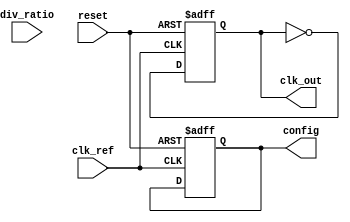
module pll (
    input wire clk_ref,          // Reference clock input
    input wire reset,            // Reset signal
    output reg clk_out,          // Output clock
    input wire [3:0] div_ratio,  // Division ratio for feedback
    output reg [7:0] config      // Configuration register for tuning
);

    // Internal signals
    reg [7:0] phase_error;       // Phase error signal
    reg [7:0] control_voltage;    // Control voltage for VCO
    reg [7:0] vco_freq;          // VCO frequency
    reg [7:0] feedback;          // Feedback signal from VCO
    reg [7:0] loop_filter;       // Loop filter output

    // Phase Detector (PD)
    always @(posedge clk_ref or posedge reset) begin
        if (reset) begin
            phase_error <= 8'b0;
        end else begin
            // Simple phase detection logic (for illustration)
            if (feedback > vco_freq) begin
                phase_error <= phase_error + 1; // VCO is lagging
            end else if (feedback < vco_freq) begin
                phase_error <= phase_error - 1; // VCO is leading
            end
        end
    end

    // Loop Filter (LF)
    always @(posedge clk_ref or posedge reset) begin
        if (reset) begin
            loop_filter <= 8'b0;
        end else begin
            // Simple first-order filter (for illustration)
            loop_filter <= (loop_filter + phase_error) >> 1; // Averaging
            control_voltage <= loop_filter; // Control voltage for VCO
        end
    end

    // Voltage-Controlled Oscillator (VCO)
    always @(posedge clk_ref or posedge reset) begin
        if (reset) begin
            vco_freq <= 8'b0;
            clk_out <= 1'b0;
        end else begin
            // Adjust VCO frequency based on control voltage
            vco_freq <= control_voltage; // Simplified VCO frequency control
            clk_out <= ~clk_out; // Toggle output clock (for illustration)
        end
    end

    // Frequency Divider
    reg [3:0] counter; // Counter for division
    always @(posedge clk_out or posedge reset) begin
        if (reset) begin
            counter <= 4'b0;
            feedback <= 8'b0;
        end else begin
            if (counter == div_ratio) begin
                feedback <= clk_out; // Feedback signal
                counter <= 4'b0; // Reset counter
            end else begin
                counter <= counter + 1; // Increment counter
            end
        end
    end

    // Configuration Register
    always @(posedge clk_ref or posedge reset) begin
        if (reset) begin
            config <= 8'b0; // Reset configuration
        end else begin
            // Update configuration based on external inputs (not shown)
        end
    end

endmodule